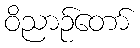
ဝိညာဉ်တော်